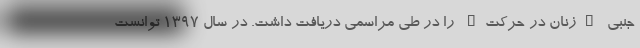
جنبی "زنان در حرکت" را در طی مراسمی دریافت داشت. در سال ۱۳۹۷ توانست